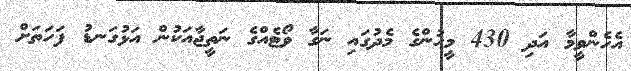
އެހެންވީމާ އަދި 430 މީހުންގެ މެދުގައި ނަގާ ވޯޓެއްގެ ނަތީޖާއަކުން އަޅުގަނޑު ފަހަތަށް